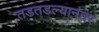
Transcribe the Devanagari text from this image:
तडतडल्यानंतर